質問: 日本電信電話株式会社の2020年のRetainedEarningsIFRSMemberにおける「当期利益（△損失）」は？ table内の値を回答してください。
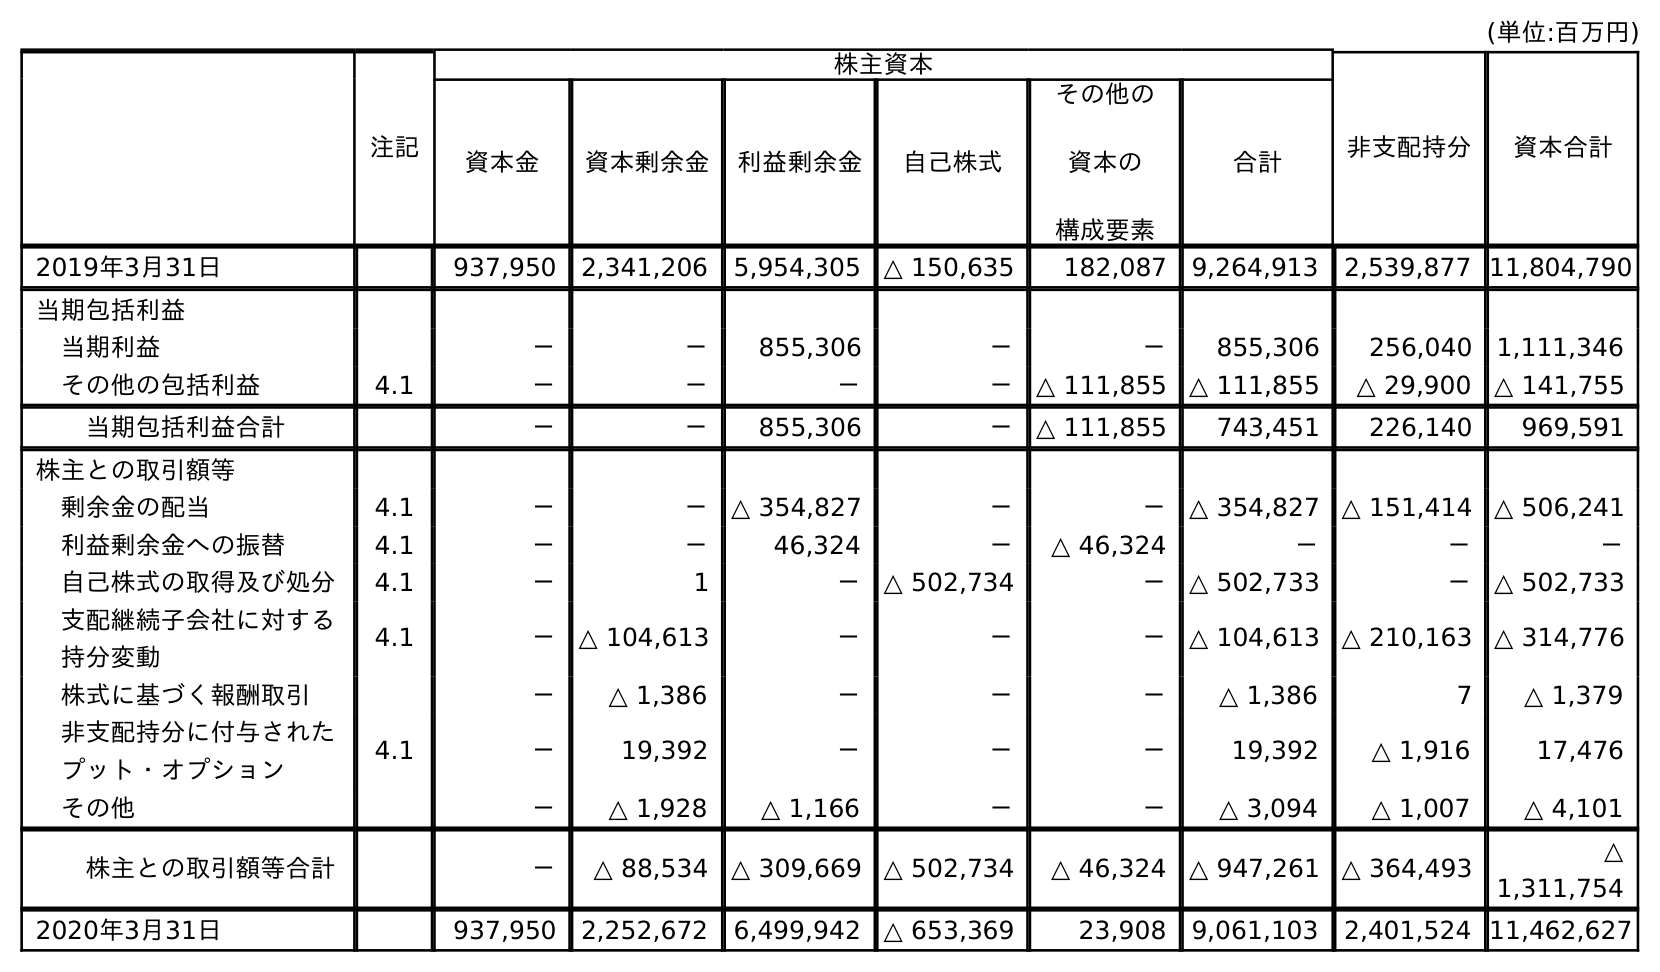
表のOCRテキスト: (単位:百万円) 注記 株主資本 非支配持分 資本合計 資本金 資本剰余金 利益剰余金 自己株式 その他の 資本の 構成要素 合計 2019年3月31日 937,950 2,341,206 5,954,305 △ 150,635 182,087 9,264,913 2,539,877 11,804,790 当期包括利益 当期利益 － － 855,306 － － 855,306 256,040 1,111,346 その他の包括利益 4.1 － － － － △ 111,855 △ 111,855 △ 29,900 △ 141,755 当期包括利益合計 － － 855,306 － △ 111,855 743,451 226,140 969,591 株主との取引額等 剰余金の配当 4.1 － － △ 354,827 － － △ 354,827 △ 151,414 △ 506,241 利益剰余金への振替 4.1 － － 46,324 － △ 46,324 － － － 自己株式の取得及び処分 4.1 － 1 － △ 502,734 － △ 502,733 － △ 502,733 支配継続子会社に対する 持分変動 4.1 － △ 104,613 － － － △ 104,613 △ 210,163 △ 314,776 株式に基づく報酬取引 － △ 1,386 － － － △ 1,386 7 △ 1,379 非支配持分に付与された プット・オプション 4.1 － 19,392 － － － 19,392 △ 1,916 17,476 その他 － △ 1,928 △ 1,166 － － △ 3,094 △ 1,007 △ 4,101 株主との取引額等合計 － △ 88,534 △ 309,669 △ 502,734 △ 46,324 △ 947,261 △ 364,493 △ 1,311,754 2020年3月31日 937,950 2,252,672 6,499,942 △ 653,369 23,908 9,061,103 2,401,524 11,462,627
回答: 855,306